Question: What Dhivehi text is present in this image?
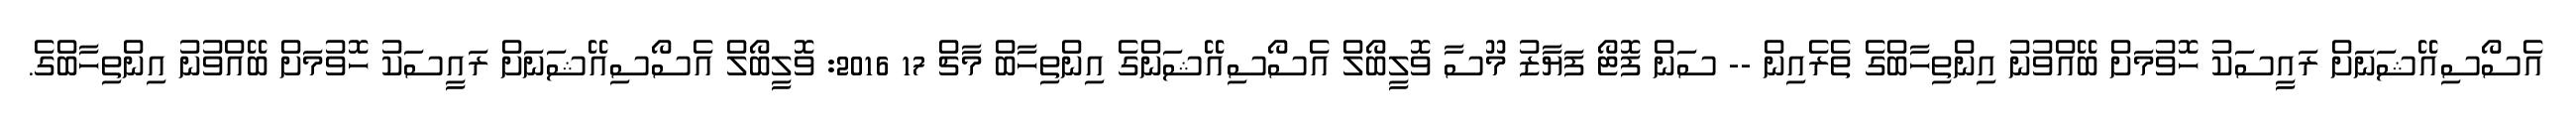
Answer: އެސޯސިއޭޝަނަށް ރައީސަކު ހޮވުމަށް ބޭއްވުނު އިންތިހާބްގެ ތެރެއިން -- ސަން ފޮޓޯ ފަޔާޒު މޫސާ ވޮލީބޯލް އެސޯސިއޭޝަންގެ އިންތިހާބް މާޗް 17 2016: ވޮލީބޯލް އެސޯސިއޭޝަނަށް ރައީސަކު ހޮވުމަށް ބޭއްވުނު އިންތިހާބްގެ.